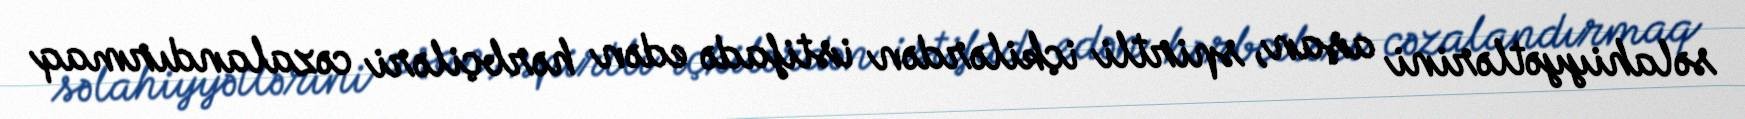
səlahiyyətlərini aşan, spirtli içkilərdən istifadə edən hərbçiləri cəzalandırmaq